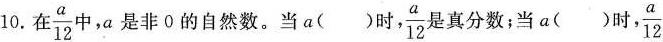
10. 在 \frac{a}{12} 中，a是非0的自然数。当a（）时， \frac{a}{12} 是真分数；当a（）时， \frac{a}{12}